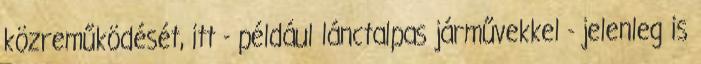
közreműködését, itt - például lánctalpas járművekkel - jelenleg is